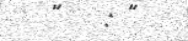
"   : "